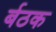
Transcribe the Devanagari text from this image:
र्बठक